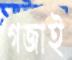
গজাই